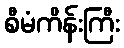
စီမံကိန်းကြီး